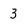
Character: 3